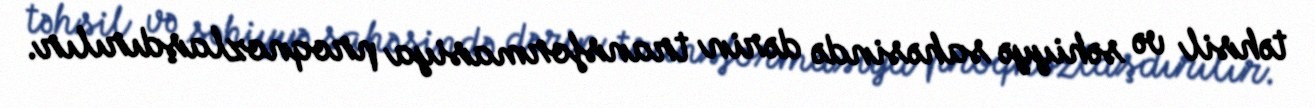
təhsil və səhiyyə sahəsində dərin transformasiya proqnozlaşdırılır.